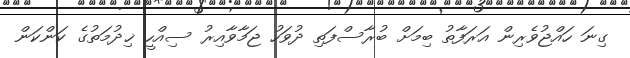
ގިނަ ހައްޖުވެރިން އަރަފާތު ބިމަށް ބުރާސްފަތި ދުވަހު ޖަމާވާއިރު ސިއްހީ ޚިދުމަތުގެ ކަންކަން